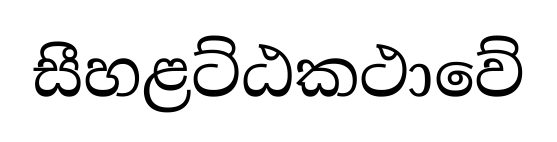
සීහළට්ඨකථාවේ